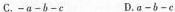
C.-a-b-c D.a-b-c